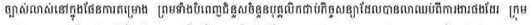
ច្បាស់លាស់នៅក្នុងផែនការគម្រោង ព្រមទាំងបំពេញជំនួសចំនួនបុគ្គលិកជាប់កិច្ចសន្យាដែលបានលាឈប់ពីការងារផងដែរ ក្រុម